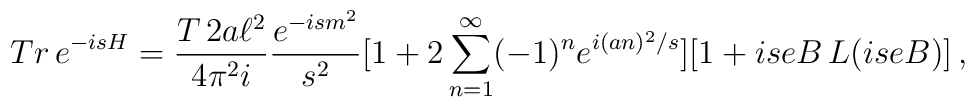
Tr\,e^{-isH}={T\,2a\ell^2\over 4\pi^2i}{e^{-ism^2}\over s^2}[1+2\sum_{n=1}^{\infty}(-1)^n e^{i(an)^2/s}][1+iseB\,L(iseB)]\,,